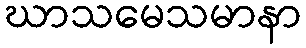
ဃာသမေသမာနာ